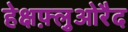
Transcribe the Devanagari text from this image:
हेक्षफ़्लुओरैद